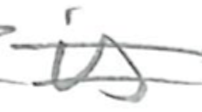
Text: is
Cross-out: double-line
Writing tool: pencil